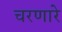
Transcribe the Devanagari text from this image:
चरणारे